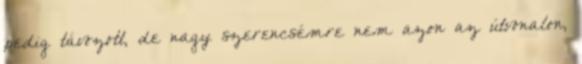
pedig távozott, de nagy szerencsémre nem azon az útvonalon,